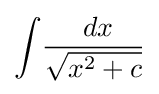
\int \!{\frac {\ dx}{\sqrt {x^{2}+c}}}